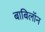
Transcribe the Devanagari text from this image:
बाबिलॉन